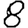
Digit: 8